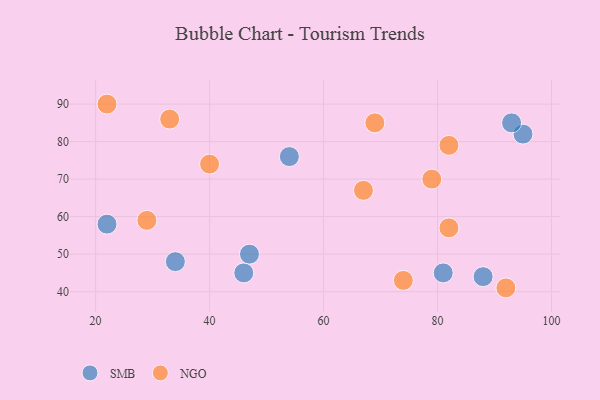
{"axis": {"x": "GDP", "y": "Life Expectancy"}, "legend": ["NGO", "SMB"], "data": [{"x": "34", "y": 48, "type": "SMB"}, {"x": "46", "y": 45, "type": "SMB"}, {"x": "22", "y": 58, "type": "SMB"}, {"x": "88", "y": 44, "type": "SMB"}, {"x": "54", "y": 76, "type": "SMB"}, {"x": "47", "y": 50, "type": "SMB"}, {"x": "95", "y": 82, "type": "SMB"}, {"x": "93", "y": 85, "type": "SMB"}, {"x": "81", "y": 45, "type": "SMB"}, {"x": "92", "y": 41, "type": "NGO"}, {"x": "82", "y": 57, "type": "NGO"}, {"x": "22", "y": 90, "type": "NGO"}, {"x": "74", "y": 43, "type": "NGO"}, {"x": "40", "y": 74, "type": "NGO"}, {"x": "29", "y": 59, "type": "NGO"}, {"x": "69", "y": 85, "type": "NGO"}, {"x": "82", "y": 79, "type": "NGO"}, {"x": "67", "y": 67, "type": "NGO"}, {"x": "79", "y": 70, "type": "NGO"}, {"x": "33", "y": 86, "type": "NGO"}]}